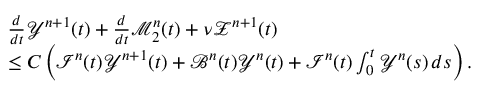
\begin{array} { r l } & { \frac { d } { d t } \mathcal { Y } ^ { n + 1 } ( t ) + \frac { d } { d t } \mathcal { M } _ { 2 } ^ { n } ( t ) + \nu \mathcal { Z } ^ { n + 1 } ( t ) } \\ & { \leq C \left( \mathcal { I } ^ { n } ( t ) \mathcal { Y } ^ { n + 1 } ( t ) + \mathcal { B } ^ { n } ( t ) \mathcal { Y } ^ { n } ( t ) + \mathcal { I } ^ { n } ( t ) \int _ { 0 } ^ { t } \mathcal { Y } ^ { n } ( s ) \, d s \right) . } \end{array}